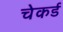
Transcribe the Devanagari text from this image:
चेकर्ड